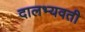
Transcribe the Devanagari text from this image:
दालभ्यवती